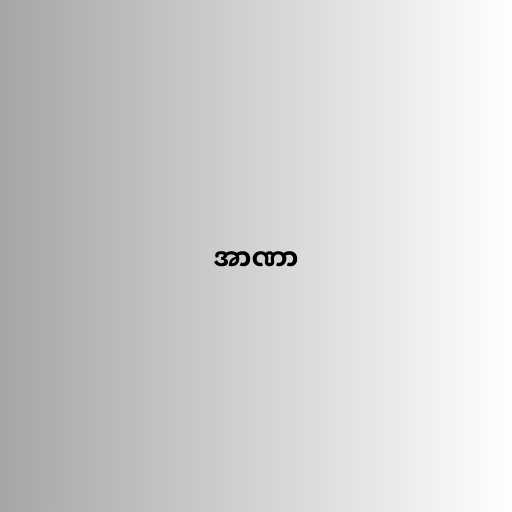
အာဏာ